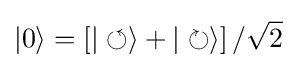
|0\rangle =\left[|\circlearrowleft \rangle +|\circlearrowright \rangle \right]/{\sqrt {2}}